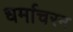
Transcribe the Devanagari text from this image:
धर्माचरन